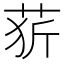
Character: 䓄